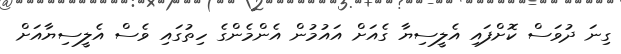
ގިނަ ދުވަސް ކޮށްފައި އެލީސިޔާ ގެއަށް އައުމުން އެންމެންގެ ހިތުގައި ވެސް އެލީސިޔާއަށް